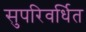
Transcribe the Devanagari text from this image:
सुपरिवर्धित